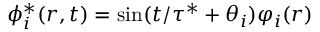
\phi _ { i } ^ { * } ( \boldsymbol { r } , t ) = \sin ( { t } / { \tau ^ { * } } + \theta _ { i } ) \varphi _ { i } ( \boldsymbol { r } )